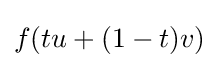
f(tu+(1-t)v)